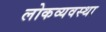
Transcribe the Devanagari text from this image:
लोकव्यवस्था